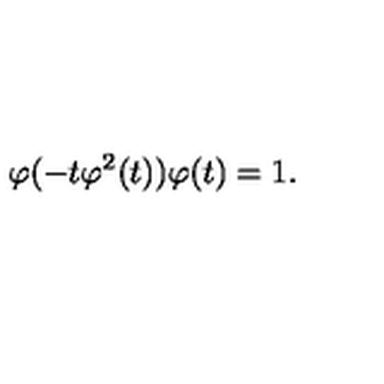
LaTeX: \varphi ( - t \varphi ^ { 2 } ( t ) ) \varphi ( t ) = 1 .